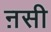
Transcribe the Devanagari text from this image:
ऩसी